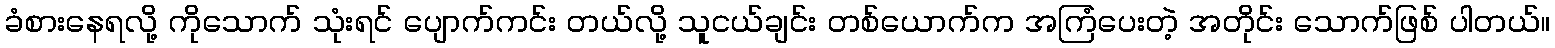
ခံစားနေရလို့ ကိုသောက် သုံးရင် ပျောက်ကင်း တယ်လို့ သူငယ်ချင်း တစ်ယောက်က အကြံပေးတဲ့ အတိုင်း သောက်ဖြစ် ပါတယ်။